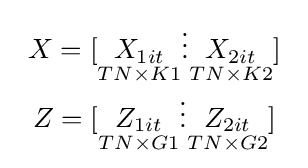
{\begin{array}{c}X=[{\underset {TN\times K1}{X_{1it}}}\vdots {\underset {TN\times K2}{X_{2it}}}]\\Z=[{\underset {TN\times G1}{Z_{1it}}}\vdots {\underset {TN\times G2}{Z_{2it}}}]\end{array}}